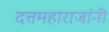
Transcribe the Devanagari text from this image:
दत्तमहाराजांनी